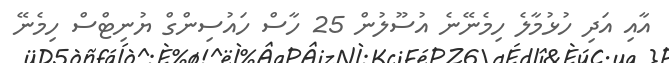
އާއި އަދި ހުޅުމާލެ ހިމެނޭނެ އުސޫލުން 25 ހާސް ހައުސިންްގް ޔުނިޓްސް ހިމެނޭ